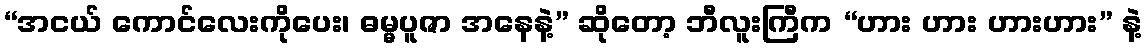
“အငယ် ကောင်လေးကိုပေး၊ ဓမ္မပူဇာ အနေနဲ့” ဆိုတော့ ဘီလူးကြီက “ဟား ဟား ဟားဟား” နဲ့